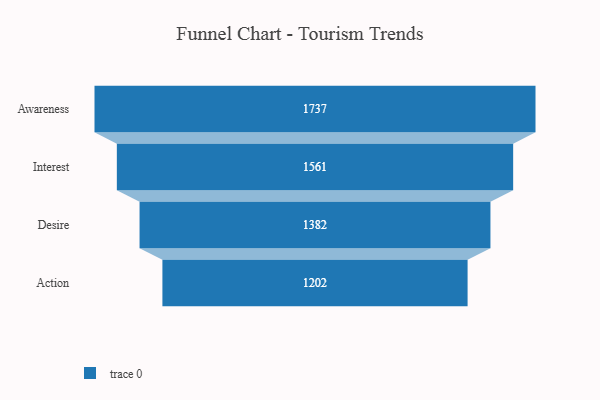
{"axis": {"x": "Stage", "y": "Value"}, "legend": [""], "data": [{"x": "Awareness", "y": 1737.0, "type": ""}, {"x": "Interest", "y": 1561.0, "type": ""}, {"x": "Desire", "y": 1382.0, "type": ""}, {"x": "Action", "y": 1202.0, "type": ""}]}